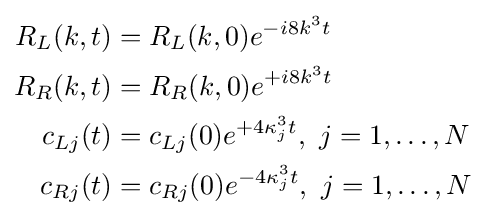
{\begin{aligned}R_{L}(k,t)&=R_{L}(k,0)e^{-i8k^{3}t}\\R_{R}(k,t)&=R_{R}(k,0)e^{+i8k^{3}t}\\c_{Lj}(t)&=c_{Lj}(0)e^{+4\kappa _{j}^{3}t},\ j=1,\ldots ,N\\c_{Rj}(t)&=c_{Rj}(0)e^{-4\kappa _{j}^{3}t},\ j=1,\ldots ,N\end{aligned}}